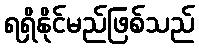
ရရှိနိုင်မည်ဖြစ်သည်